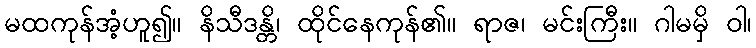
မထကုန်အံ့ဟူ၍။ နိသီဒန္တိ၊ ထိုင်နေကုန်၏။ ရာဇ၊ မင်းကြီး။ ဂါမမှိ ဝါ၊